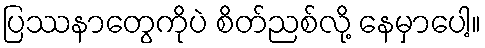
ပြဿနာတွေကိုပဲ စိတ်ညစ်လို့ နေမှာပေါ့။